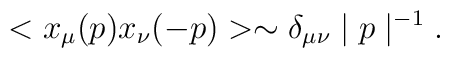
<x_{\mu }(p)x_{\nu }(-p)>\sim \delta _{\mu \nu }\mid p\mid ^{-1}.